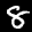
Label: 8